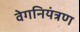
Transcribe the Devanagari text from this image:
वेगनियंत्रण